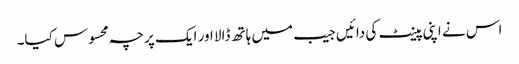
اس نے اپنی پینٹ کی دائیں جیب میں ہاتھ ڈالا اور ایک پرچہ محسوس کیا۔